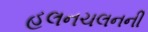
હલનચલનની